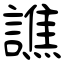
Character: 譙